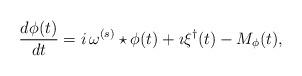
LaTeX: \begin{align*}\frac{d\phi(t)}{dt}= i\,\omega ^{(s)}\star\phi(t)+\imath\xi^\dagger(t)-M_\phi(t),\end{align*}